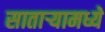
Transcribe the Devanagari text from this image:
सातार्‍यामध्ये